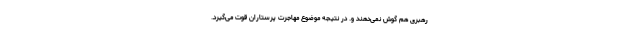
رهبری هم گوش نمی‌دهند و. در نتیجه موضوع مهاجرت پرستاران قوت می‌گیرد.